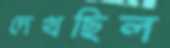
দেখছিল